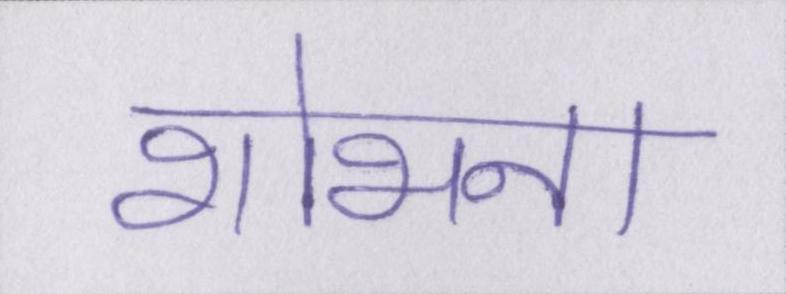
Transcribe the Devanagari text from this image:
शोभना